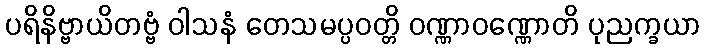
ပရိနိဗ္ဗာယိတဗ္ဗံ ဝါသနံ တေသမပ္ပဝတ္တိ ဝဏ္ဏာဝဏ္ဏောတိ ပုညက္ခယာ